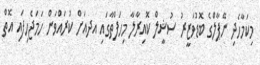
މިކަމާހެދި ނޭޕާލްގެ ބޮޑުވަޒީރު ސުޝީލް ކޮއިރާލާ މިހަފްތާގައި އދއަށް ކުރައްވަން ހަމަޖެހިފައި އޮތް